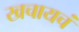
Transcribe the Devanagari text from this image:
खचायचं